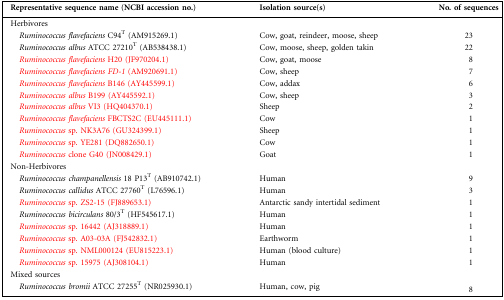
| Representative sequence name (NCBI accession no.) | Isolation source(s) | No. of sequences |
 | --- | --- | --- |
 | Herbivores |  |  |
 | Ruminococcus flavefaciens C94T (AM915269.1) | Cow, goat, reindeer, moose, sheep | 23 |
 | Ruminococcus albus ATCC 27210T (AB538438.1) | Cow, moose, sheep, golden takin | 22 |
 | Ruminococcus flavefaciens H20 (JF970204.1) | Cow, goat, moose | 8 |
 | Ruminococcus flavefaciens FD-1 (AM920691.1) | Cow, sheep | 7 |
 | Ruminococcus flavefaciens B146 (AY445599.1) | Cow, addax | 6 |
 | Ruminococcus albus B199 (AY445592.1) | Cow, sheep | 3 |
 | Ruminococcus albus VI3 (HQ404370.1) | Sheep | 2 |
 | Ruminococcus flavefaciens FBCTS2C (EU445111.1) | Cow | 1 |
 | Ruminococcus sp. NK3A76 (GU324399.1) | Sheep | 1 |
 | Ruminococcus sp. YE281 (DQ882650.1) | Cow | 1 |
 | Ruminococcus clone G40 (JN008429.1) | Goat | 1 |
 | Non-Herbivores |  |  |
 | Ruminococcus champanellensis 18 P13T (AB910742.1) | Human | 9 |
 | Ruminococcus callidus ATCC 27760T (L76596.1) | Human | 3 |
 | Ruminococcus sp. ZS2-15 (FJ889653.1) | Antarctic sandy intertidal sediment | 1 |
 | Ruminococcus bicirculans 80/3T (HF545617.1) | Human | 1 |
 | Ruminococcus sp. 16442 (AJ318889.1) | Human | 1 |
 | Ruminococcus sp. A03-03A(FJ542832.1) | Earthworm | 1 |
 | Ruminococcus sp. NML000124 (EU815223.1) | Human (blood culture) | 1 |
 | Ruminococcus sp. 15975 (AJ308104.1) | Human | 1 |
 | Mixed sources |  |  |
 | Ruminococcus bromii ATCC 27255T (NR025930.1) | Human, cow, pig | 8 |